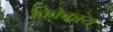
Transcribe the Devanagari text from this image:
विवेकाय